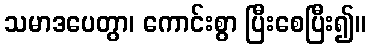
သမာဒပေတွာ၊ ကောင်းစွာ ပြီးစေပြီး၍။